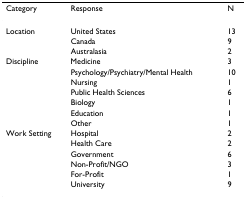
| Category | Response | N |
 | --- | --- | --- |
 | Location | United States | 13 |
 |  | Canada | 9 |
 |  | Australasia | 2 |
 | Discipline | Medicine | 3 |
 |  | Psychology/Psychiatry/Mental Health | 10 |
 |  | Nursing | 1 |
 |  | Public Health Sciences | 6 |
 |  | Biology | 1 |
 |  | Education | 1 |
 |  | Other | 1 |
 | Work Setting | Hospital | 2 |
 |  | Health Care | 2 |
 |  | Government | 6 |
 |  | Non-Profit/NGO | 3 |
 |  | For-Profit | 1 |
 |  | University | 9 |